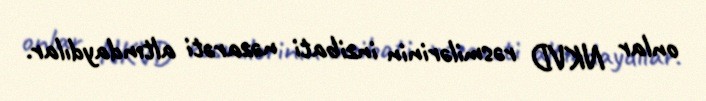
onlar NKVD rəsmilərinin inzibati nəzarəti altındaydılar.